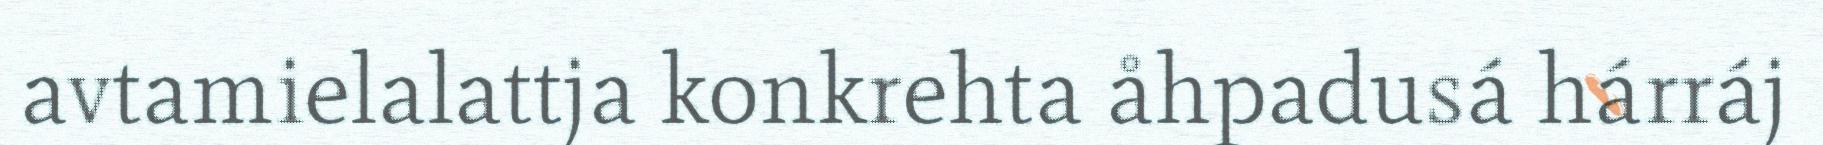
avtamielalattja konkrehta åhpadusá hárráj